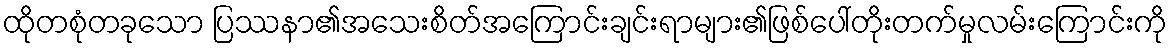
ထိုတစုံတခုသော ပြဿနာ၏အသေးစိတ်အကြောင်းချင်းရာများ၏ဖြစ်ပေါ်တိုးတက်မှုလမ်းကြောင်းကို